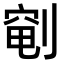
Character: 𫦐